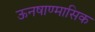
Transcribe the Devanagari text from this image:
ऊनषाण्मासिक